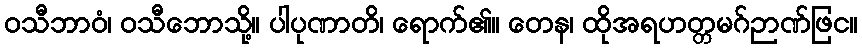
ဝသီဘာဝံ၊ ဝသီဘောသို့။ ပါပုဏာတိ၊ ရောက်၏။ တေန၊ ထိုအရဟတ္တမဂ်ဉာဏ်ဖြင။